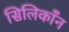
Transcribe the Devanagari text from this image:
सिलिकाँन